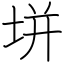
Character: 垪